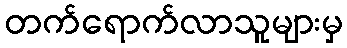
တက်ရောက်လာသူများမှ